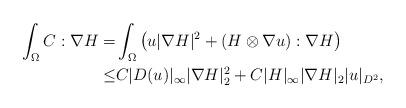
LaTeX: \begin{align*}\int_{\Omega} C: \nabla H =&\int_{\Omega} \big(u|\nabla H|^2+(H\otimes \nabla u) :\nabla H\big) \\\leq& C|D(u)|_\infty |\nabla H|^2_2+C|H|_\infty|\nabla H|_2 |u|_{D^2},\end{align*}